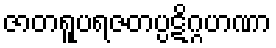
ဇာတရူပရဇတပ္ပဋိဂ္ဂဟဏာ